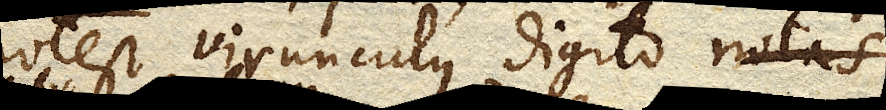
potest virunculus digito notas